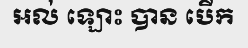
អល់ ឡោះ បាន បើក